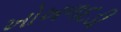
ખોખળદડી